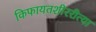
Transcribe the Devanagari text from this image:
किफायतशीररीत्या